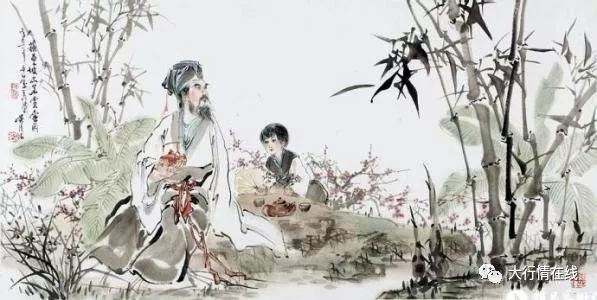
笑时犹带岭梅香。试问岭南应不好。